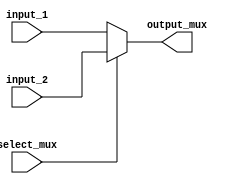
`timescale 1ns / 1ps


module mux(input_1, input_2, select_mux, output_mux);
    input [7:0] input_1;
    input [7:0] input_2;
    input select_mux;
    output reg [7:0] output_mux;
    always@(*)
        begin
            if (select_mux==0 )
                output_mux <= input_1;
            else
                output_mux <= input_2;
        end
endmodule